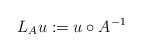
\begin{align*}L_A u := u \circ A^{-1}\end{align*}